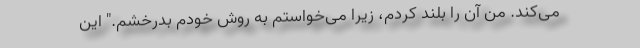
می‌کند. من آن را بلند کردم، زیرا می‌خواستم به روش خودم بدرخشم." این